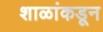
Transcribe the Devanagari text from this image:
शाळांकडून